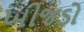
ખીજડો